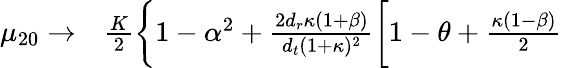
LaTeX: \begin{array}{rl}{\mu_{20}\to}&{{}\frac{K}{2}\biggl\{ 1-\alpha^{2}+\frac{2{d_{r}}\kappa(1+\beta)}{{d_{t}}(1+\kappa)^{2}}\biggl[1-\theta+\frac{\kappa(1-\beta)}{2}}\end{array}